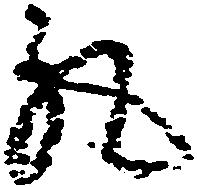
丸